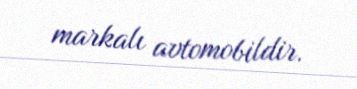
markalı avtomobildir.